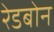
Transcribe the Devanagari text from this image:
रेडबोन